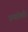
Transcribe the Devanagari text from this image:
एम्बोली।